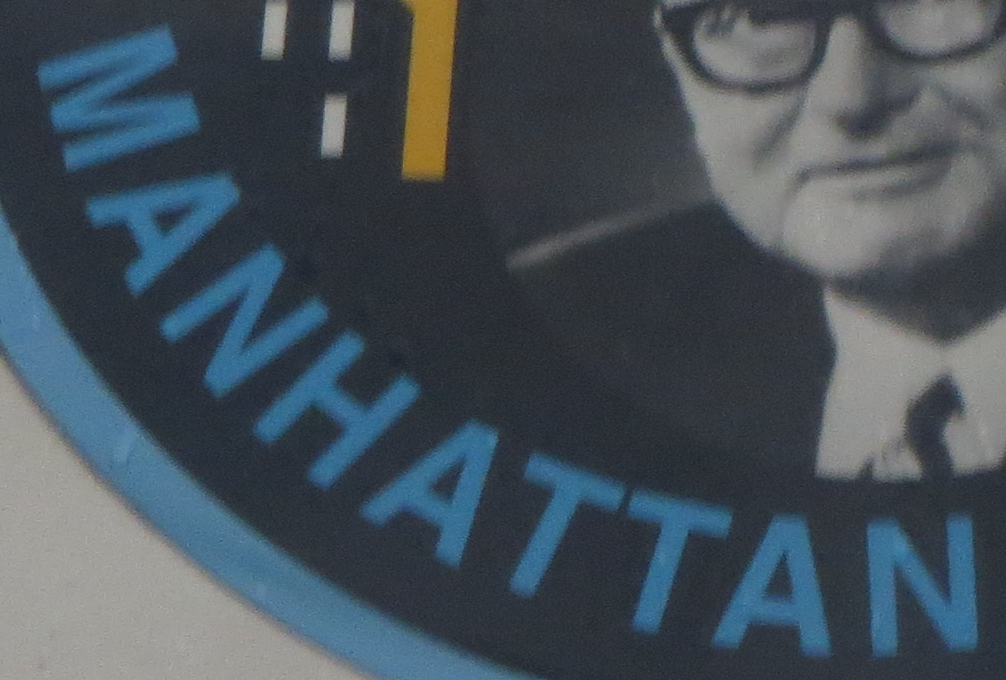
MANHATTAN